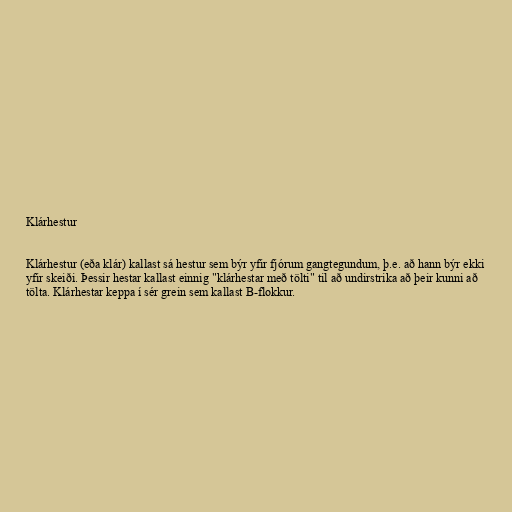
Klárhestur

Klárhestur (eða klár) kallast sá hestur sem býr yfir fjórum gangtegundum, þ.e. að hann býr ekki
yfir skeiði. Þessir hestar kallast einnig "klárhestar með tölti" til að undirstrika að þeir kunni að
tölta. Klárhestar keppa í sér grein sem kallast B-flokkur.